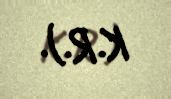
K.R.).